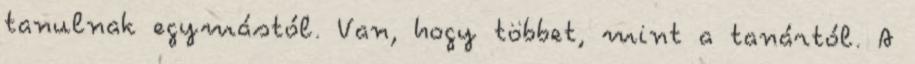
tanulnak egymástól. Van, hogy többet, mint a tanártól. A